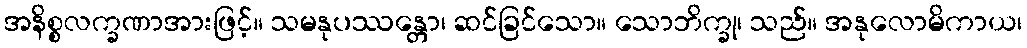
အနိစ္စလက္ခဏာအားဖြင့်။ သမနုပဿန္တော၊ ဆင်ခြင်သော။ သောဘိက္ခု၊ သည်။ အနုလောမိကာယ၊